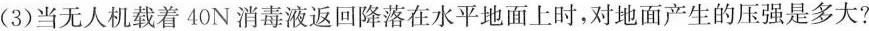
(3)当无人机载着40N消毒液返回降落在水平地面上时，对地面产生的压强是多大?